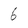
Character: 6